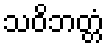
သဝိဘတ္တံ